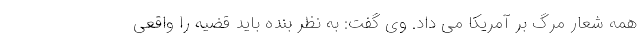
همه شعار مرگ بر آمریکا می داد. وی گفت: به نظر بنده باید قضیه را واقعی